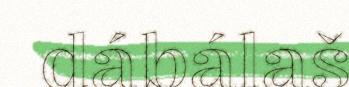
dábálaš